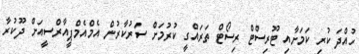
ހުއްދަ ކުރި ކަމަށާއި ޓޫރިސްޓް ރިސޯޓް ތަރައްގީ ކުރުމަށް ސަރުކާރުން އެމްއެމްޕީއާރްސީއަށް ދޫކުރާ